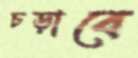
চড়াবে